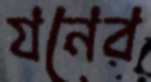
যনের